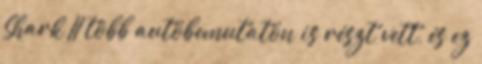
Shark II több autóbemutatón is részt vett, és ez